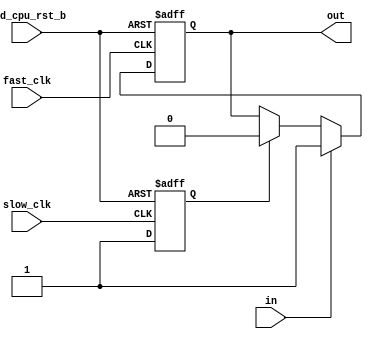
/*Copyright 2018-2021 T-Head Semiconductor Co., Ltd.

Licensed under the Apache License, Version 2.0 (the "License");
you may not use this file except in compliance with the License.
You may obtain a copy of the License at

    http://www.apache.org/licenses/LICENSE-2.0

Unless required by applicable law or agreed to in writing, software
distributed under the License is distributed on an "AS IS" BASIS,
WITHOUT WARRANTIES OR CONDITIONS OF ANY KIND, either express or implied.
See the License for the specific language governing permissions and
limitations under the License.
*/

// * Non-Disclosure Agreement (NDA).                                           *
// *                                                                           *
// *****************************************************************************
// ORIGINAL TIME   : 2017.06.02
// FUNCTION        : sync signal
//                 :
//                 :   
//                 :   
// RESET           : Async reset
// DFT             :
// DFP             :
// VERIFICATION    :
// RELEASE HISTORY :
// *****************************************************************************


// &ModuleBeg; @20
module sync(
  fast_clk,
  in,
  out,
  pad_cpu_rst_b,
  slow_clk
);

// &Ports; @21
input        fast_clk;     
input        in;           
input        pad_cpu_rst_b; 
input        slow_clk;     
output       out;          

// &Regs; @22
reg          input_lv;     
reg          reg_clr;      

// &Wires; @23
wire         fast_clk;     
wire         in;           
wire         input_vld;    
wire         out;          
wire         pad_cpu_rst_b; 
wire         slow_clk;     




assign input_vld = in ;


always@(posedge fast_clk or negedge pad_cpu_rst_b )
begin
  if (!pad_cpu_rst_b)
    input_lv <= 1'b0;
  else if (input_vld)
    input_lv <= 1'b1;
  else if (reg_clr)
    input_lv <= 1'b0;
end

always@(posedge slow_clk or negedge pad_cpu_rst_b )
begin
  if (!pad_cpu_rst_b)
    reg_clr <= 1'b0;
  else 
    reg_clr <= 1'b1;
end


assign out = input_lv;
// &ModuleEnd; @50
endmodule